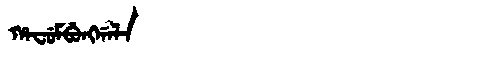
Manchu: ᡥᠠᠸᡠᠮᠪᡠᠩᡤᠠᠯᠠ
Romanization: HAFUMBUNGGALA